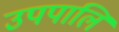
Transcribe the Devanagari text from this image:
उपपालि